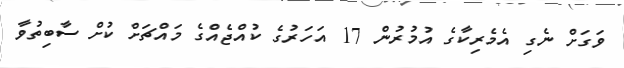
ވަގަށް ނެގި އެމެރިކާގެ އުމުރުން 17 އަހަރުގެ ކުއްޖެއްގެ މައްޗަށް ކުށް ސާބިތުވާ